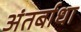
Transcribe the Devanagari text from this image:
अंतर्बाधा